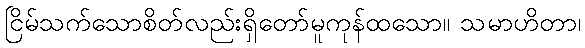
ငြိမ်သက်သောစိတ်လည်းရှိတော်မူကုန်ထသော။ သမာဟိတာ၊